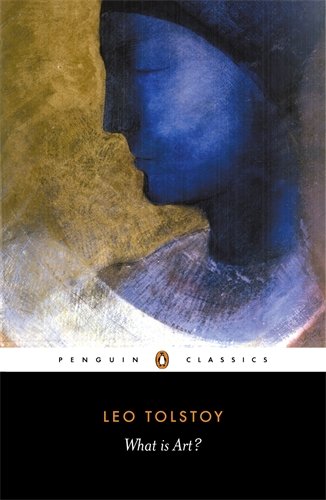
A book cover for What Is Art? (Penguin Classics); Leo Tolstoy; Politics & Social Sciences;